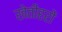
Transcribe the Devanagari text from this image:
खेतीहरों